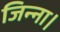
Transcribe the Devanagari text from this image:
जिन्ना।